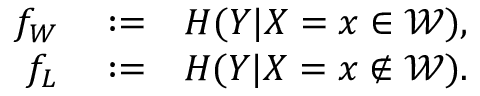
\begin{array} { r l r } { f _ { W } } & { { } : = } & { H ( Y | X = x \in \mathcal { W } ) , } \\ { f _ { L } } & { { } : = } & { H ( Y | X = x \notin \mathcal { W } ) . } \end{array}